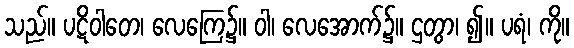
သည်။ ပဋိဝါတေ၊ လေကြေ၌။ ဝါ၊ လေအောက်၌။ ဌတွာ၊ ၍။ ပရံ၊ ကို။